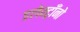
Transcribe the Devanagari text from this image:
इलेक्ट्राँनो